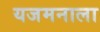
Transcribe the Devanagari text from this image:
यजमनाला